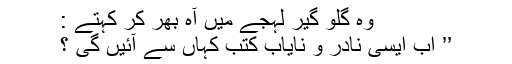
وہ گلو گیر لہجے میں آہ بھر کر کہتے :
’’ اب ایسی نادر و نایاب کتب کہاں سے آئیں گی ؟